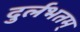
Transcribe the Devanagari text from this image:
दुर्लभतम्